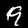
Label: 9